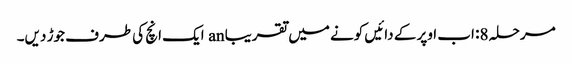
مرحلہ 8: اب اوپر کے دائیں کونے میں تقریبا an ایک انچ کی طرف جوڑ دیں۔